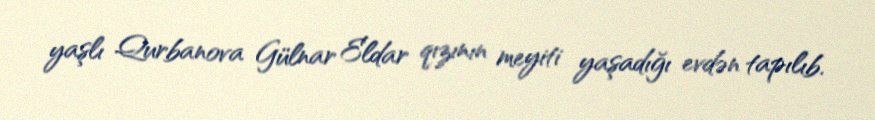
yaşlı Qurbanova Gülnar Eldar qızının meyiti yaşadığı evdən tapılıb.